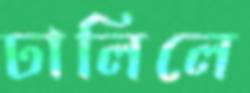
ঢালিলে